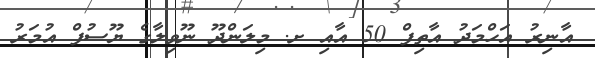
އާނިރު އަހްމަދު އާތިފް 50 އާއި ށ. މިލަންދޫ ނޫވިލާގެ ޔޫސުފް އުމަރު